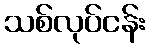
သစ်လုပ်ငန်း